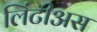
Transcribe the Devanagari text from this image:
लिंटीअस